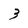
Character: 3